Insane asylums in Bengal annual reports 1876-1887 - 1876-1887
Year: 1876
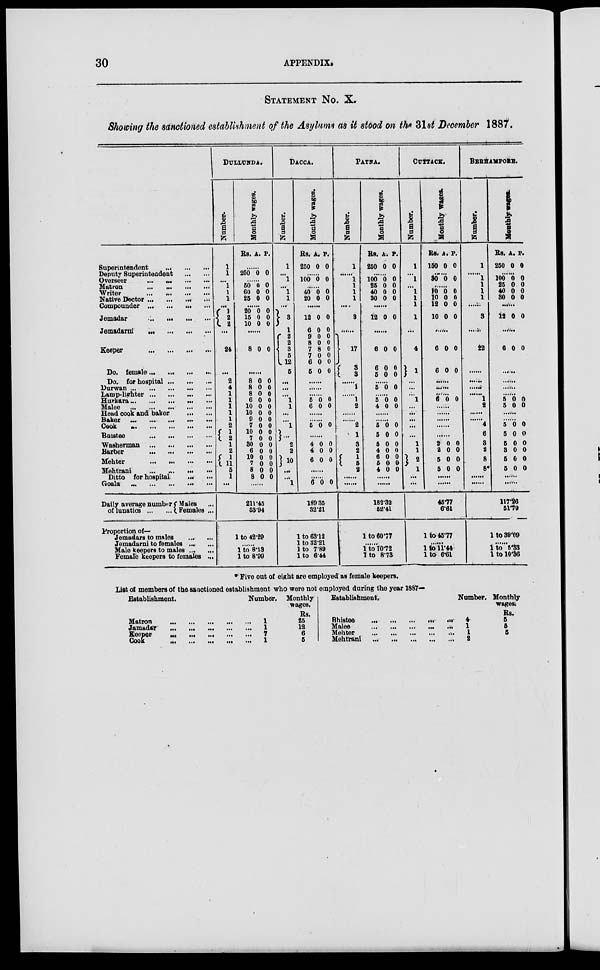
30
APPENDIX.
STATEMENT No. X.
Showing the sanctioned establishment of the Asylums as it stood on the 31st December 1887.
Superintendent
...
...
...
Deputy Superintendent
...
...
Overseer ... ... ... ...
Matron
...
...
...
...
Writer
...
...
...
...
Native Doctor ... ... ... ...
Compounder ... ... ... ...
Jemadar
...
...
...
...
Jemadarni
...
...
...
...
Keeper
...
...
...
...
Do. female ... ... ... ...
Do. for hospital ... ... ...
Durwan ... ... ... ... ...
Lamp-lighter ... ... ... ...
Hurkara ... ... ... ... ...
Malee
...
...
...
...
...
Head cook and baker
...
...
Baker ... ... ... ... ...
Cook
...
...
...
...
...
Bhistee
...
...
...
...
Washerman
...
...
...
...
Barber
...
...
...
...
Mehter
...
...
...
...
Mehtrani ... ... ... ...
Ditto for hospital ... ...
Goala ... ... ... ... ...
Daily average number
of lunatics ... ...
Males ...
Females ...
Proportion of—
Jemadars to males
...
...
Jemadarni to females ... ...
Male keepers to males ... ...
Female keepers to females ...
DULLUNDA.
Number.
1
1
...
1
1
1
...
1
2 2
...
24
...
2
4
1
1
1
1
1
2
1
2
1
2
1
11
5
1
...
Monthly wages.
Rs. A. P.
......
250 0 0
......
50
60
25
0
0
0
0
0
0
......
20
15
10
0
0
0
0
0
0
......
8 0 0
......
8
8
8
6
10
10
9
7
10
7
30
6
10
7
8
8
0
0
0
0
0
0
0
0
0
0
0
0
0
0
0
0
0
0
0
0
0
0
0
0
0
0
0
0
0
0
0
0
......
211.45
53.94
1 to 42.29
......
1 to 8.13
1 to 8.99
DACCA.
Number.
1
...
1
...
1
1
...
3
1
2
2
3
5
12
5
...
...
...
1
1
...
...
1
...
2
2
10
...
...
1
Monthly wages.
As.
250
A.
0
P.
0
......
100 0 0
......
40
20
0
0
0
0
......
12
6
9
8
7
7
6
5
0
0
0
0
8
0
0
0
0
0
0
0
0
0
0
0
......
......
......
5
6
0
0
0
0
......
......
5 0 0
......
4
4
6
0
0
0
0
0
0
......
......
6 0 0
189.35
32.21
1 to 63.12
1 to 32.21
1 to 7.89
1 to 6.44
PATNA.
Number.
1
...
1
1
1
1
...
3
......
17
3
3
......
1
......
1
2
......
......
2
1
3
2
1
5
2
......
......
Monthly wages.
Rs.
250
A.
0
P.
0
......
100
25
40
30
0
0
0
0
0
0
0
0
......
12 0 0
6
6
5
0
0
0
0
0
0
......
5 0 0
......
5
4
0
0
0
0
......
......
5
5
5
4
6
5
4
0
0
0
0
0
0
0
0
0
0
0
0
0
0
......
......
183.32
52.41
1 to 60.77
......
1 to 10.72
1 to 8.73
CUTTACK.
Number.
1
...
1
...
1
1
1
1
...
4
1
...
...
...
1
...
...
...
...
...
1
1
2
1
...
...
Monthly wages.
Rs.
150
A.
0
P.
0
......
30 0 0
......
10
10
12
10
0
0
0
0
0
0
0
0
......
6
6
0
0
0
0
......
......
......
6 0 0
......
......
......
......
......
2
2
5
5
0
0
0
0
0
0
0
0
......
45.77
6.61
1 to 45.77
......
1 to 11.44
1 to 6.61
BERHAMPORE.
Number.
1
...
1
1
1
1
...
3
......
22
......
......
......
......
1
2
......
......
4
6
3
2
8
8*
......
......
Monthly wages.
Rs.
250
A.
0
P.
0
.......
100
25
40
30
0
0
0
0
0
0
0
0
......
12 0 0
......
6 0 0
......
......
......
......
5
5
0
0
0
0
......
......
5
5
5
3
5
5
0
0
0
0
0
0
0
0
0
0
0
0
......
......
117.26
51.79
1 to 39.09
......
1 to 5.33
1 to 10.86
* Five out of eight are employed as female keepers.
List of members of the sanctioned establishment who were not employed during the year 1887—
Establishment.
Matron
...
...
...
...
...
Jamadar ... ... ... ... ...
Keeper
...
...
...
...
...
Cook ... ... ... ... ...
Number.
1
1
7
1
Monthly
wages.
Rs.
25
12
6
5
Establishment.
Bhistee
...
...
...
...
...
Malee
...
...
...
...
...
Mehter
...
...
...
...
...
Mehtrani
...
...
...
...
...
Number.
4
1
1
2
Monthly
wages
Rs.
5
5
5